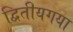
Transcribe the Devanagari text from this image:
द्वितीयगया